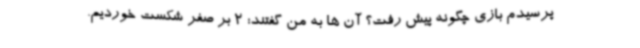
پرسیدم بازی چگونه پیش رفت؟ آن ها به من گفتند: 2 بر صفر شکست خوردیم.